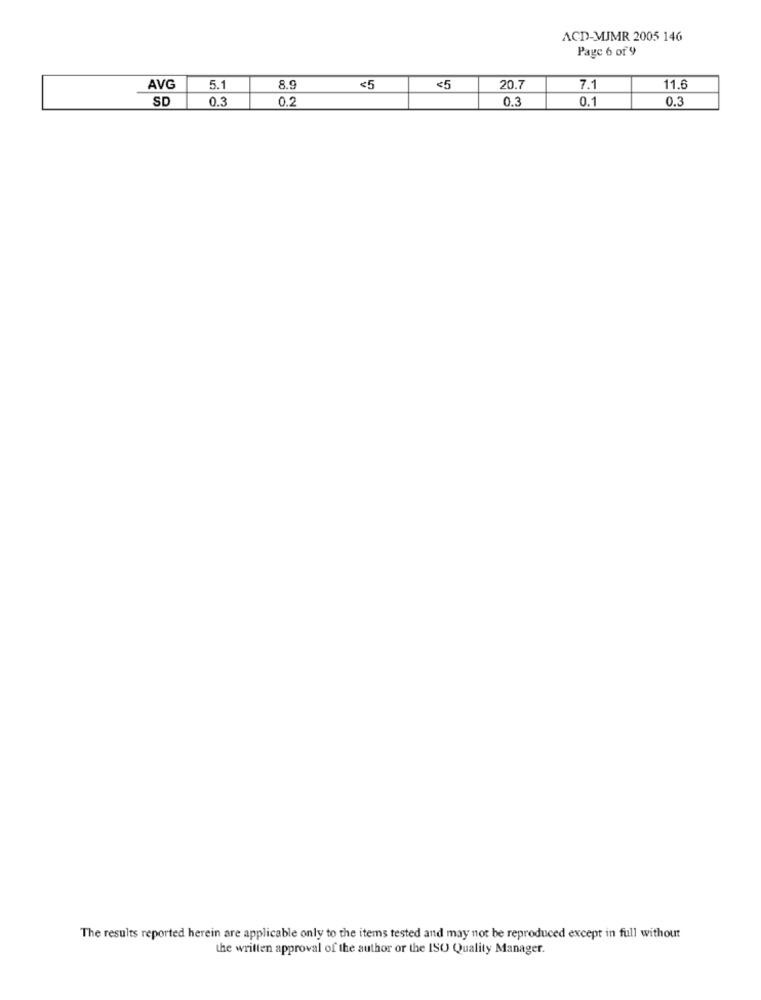
ACD-MJMR 2005 146
Page 6 of 9
AVG
5.1
8.9
<5
<5
20.7
7.1
11.6
SD
0.3
0.2
0.3
0.1
0.3
The results reported herein are applicable only to the items tested and may not be reproduced except in full without
the written approval of the author or the ISO Quality Manager.